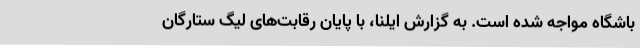
باشگاه مواجه شده است. به گزارش ایلنا،‌ با پایان رقابت‌های لیگ ستارگان